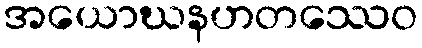
အယောဃနဟတဿေဝ